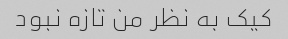
کیک به نظر من تازه نبود